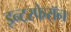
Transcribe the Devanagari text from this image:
इन्टरफेरॉन